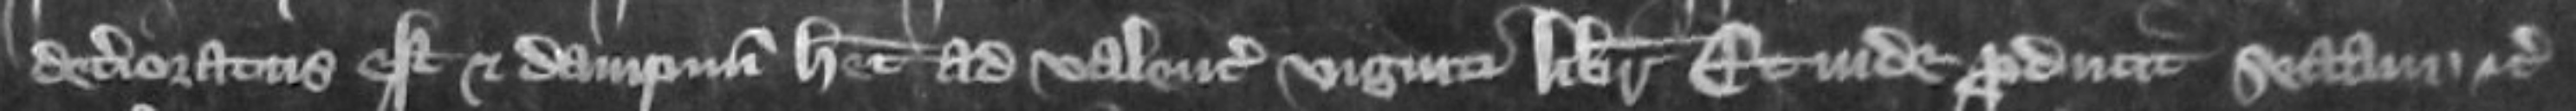
deterioratus est et dampnum habet ad valenciam viginti librarum Et inde producit sectam etc